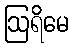
ဩရိမေ